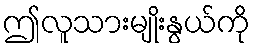
ဤလူသားမျိုးနွယ်ကို